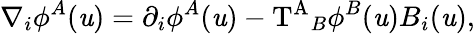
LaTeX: {\nabla}_{i}{\phi}^{A}(\mathit{u})={\partial}_{i}{\phi}^{A}(\mathit{u})-\mathrm{{T^{A}}}_{B}{\phi}^{B}(\mathit{u})B_{i}(\mathit{u}),